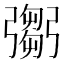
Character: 𢐨